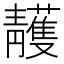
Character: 䨼